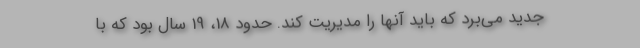
جدید می‌برد که باید آنها را مدیریت کند. حدود 18، 19 سال بود که با